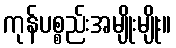
ကုန်ပစ္စည်းအမျိုးမျိုး။